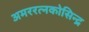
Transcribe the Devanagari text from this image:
अमररत्नकोसिन्द्र